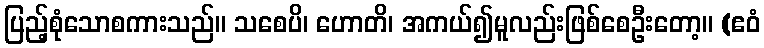
ပြည့်စုံသောစကားသည်။ သစေပိ၊ ဟောတိ၊ အကယ်၍မူလည်းဖြစ်စေဦးတော့။ (ဧဝံ